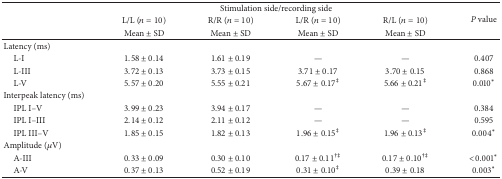
| <ROWSPAN=3>  | <COLSPAN=4> Stimulation side/recording side | <ROWSPAN=3> P value |
 | L/L (n = 10) | R/R (n = 10) | L/R (n = 10) | R/L (n = 10) |
 | Mean ± SD | Mean ± SD | Mean ± SD | Mean ± SD |
 | --- | --- | --- | --- | --- | --- |
 | Latency (ms) |  |  |  |  |  |
 | L-I | 1.58 ± 0.14 | 1.61 ± 0.19 | — | — | 0.407 |
 | L-III | 3.72 ± 0.13 | 3.73 ± 0.15 | 3.71 ± 0.17 | 3.70 ± 0.15 | 0.868 |
 | L-V | 5.57 ± 0.20 | 5.55 ± 0.21 | 5.67 ± 0.17‡ | 5.66 ± 0.21‡ | 0.010* |
 | Interpeak latency (ms) |  |  |  |  |  |
 | IPL I–V | 3.99 ± 0.23 | 3.94 ± 0.17 | — | — | 0.384 |
 | IPL I–III | 2.14 ± 0.12 | 2.11 ± 0.12 | — | — | 0.595 |
 | IPL III–V | 1.85 ± 0.15 | 1.82 ± 0.13 | 1.96 ± 0.15‡ | 1.96 ± 0.13‡ | 0.004* |
 | Amplitude (μV) |  |  |  |  |  |
 | A-III | 0.33 ± 0.09 | 0.30 ± 0.10 | 0.17 ± 0.11†‡ | 0.17 ± 0.10†‡ | <0.001* |
 | A-V | 0.37 ± 0.13 | 0.52 ± 0.19 | 0.31 ± 0.10‡ | 0.39 ± 0.18 | 0.003* |